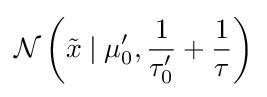
{\mathcal {N}}\left({\tilde {x}}\mid \mu _{0}',{\frac {1}{\tau _{0}'}}+{\frac {1}{\tau }}\right)